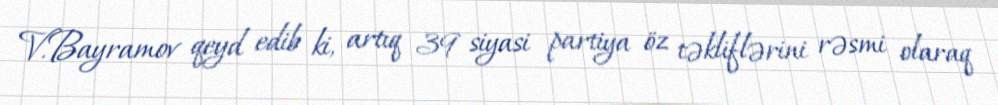
V.Bayramov qeyd edib ki, artıq 39 siyasi partiya öz təkliflərini rəsmi olaraq